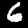
Digit: 6